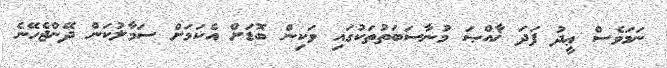
ނަމަވެސް ޢީދު ފަދަ ޚާއްޞަ މުނާސަބަތުތަކުގައި ވަކިން ބޮޑަށް އެކަމަށް ސަމާލުކަން ދޭންޖެހޭނެ